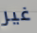
غير